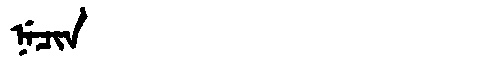
Manchu: ᠨᡝᠴᡳᠨ
Romanization: NECIN